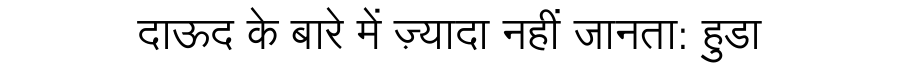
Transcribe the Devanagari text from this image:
दाऊद के बारे में ज़्यादा नहीं जानता: हुडा